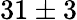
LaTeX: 31\pm 3